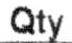
QTY